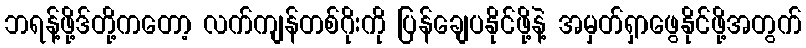
ဘရန့်ဖို့ဒ်တို့ကတော့ လက်ကျန်တစ်ဂိုးကို ပြန်ချေပနိုင်ဖို့နဲ့ အမှတ်ရှာဖွေနိုင်ဖို့အတွက်